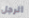
الرجل